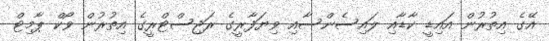
އޭގެ އިތުރުން އައިޑީ ކާޑާއި ލައިސެންސާއި ވިޔަފާރީގެ ރަޖިސްޓްރީގެ އިތުރުން ވޯކް ޕާމިޓް